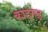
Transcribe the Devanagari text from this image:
काठगढ़